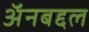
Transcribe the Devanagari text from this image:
अॅनबद्दल